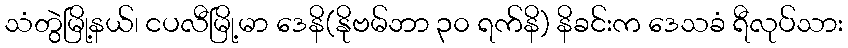
သံတွဲမြို့နယ်၊ ငပလီမြို့မာ ဒေနိ(နိုဗမ်ဘာ ၃၀ ရက်နိ) နိခင်းက ဒေသခံ ရီလုပ်သား